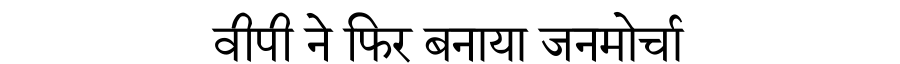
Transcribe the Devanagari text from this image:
वीपी ने फिर बनाया जनमोर्चा